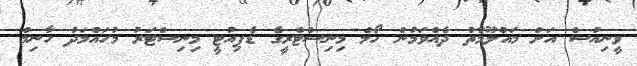
ވީނިއުސް އަށް މައުލޫމާތު ދެއްވަމުން ހޯމް މިނިސްޓްރީގެ ޑެޕިއުޓީ މިނިސްޓަރު މުހައްމަދު ހާނިމް